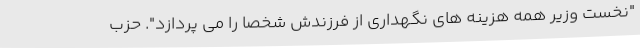
"نخست وزیر همه هزینه های نگهداری از فرزندش شخصا را می پردازد". حزب